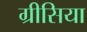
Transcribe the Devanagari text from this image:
ग्रीसिया